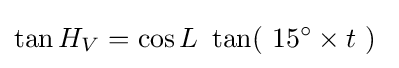
\tan H_{V}=\cos L\ \tan(\ 15^{\circ }\times t\ )\